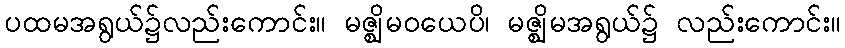
ပထမအရွယ်၌လည်းကောင်း။ မဇ္ဈိမဝယေပိ၊ မဇ္ဈိမအရွယ်၌ လည်းကောင်း။